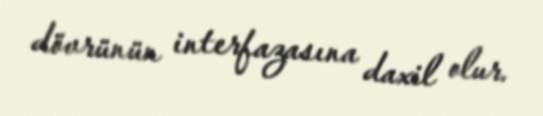
dövrünün interfazasına daxil olur.